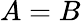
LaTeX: A=B